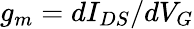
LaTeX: g_{m}=dI_{DS}/dV_{G}